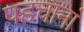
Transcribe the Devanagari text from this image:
पहचानां